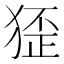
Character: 𤟷